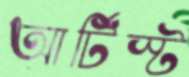
আর্টিস্ট